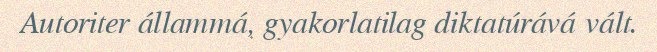
Autoriter állammá, gyakorlatilag diktatúrává vált.